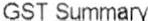
GST SUMMARY